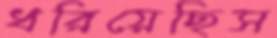
ধরিয়েছিস